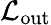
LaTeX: \mathcal{L}_{\mathrm{{out}}}